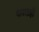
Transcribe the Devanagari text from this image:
चावताही